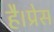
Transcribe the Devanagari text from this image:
है।प्रेस